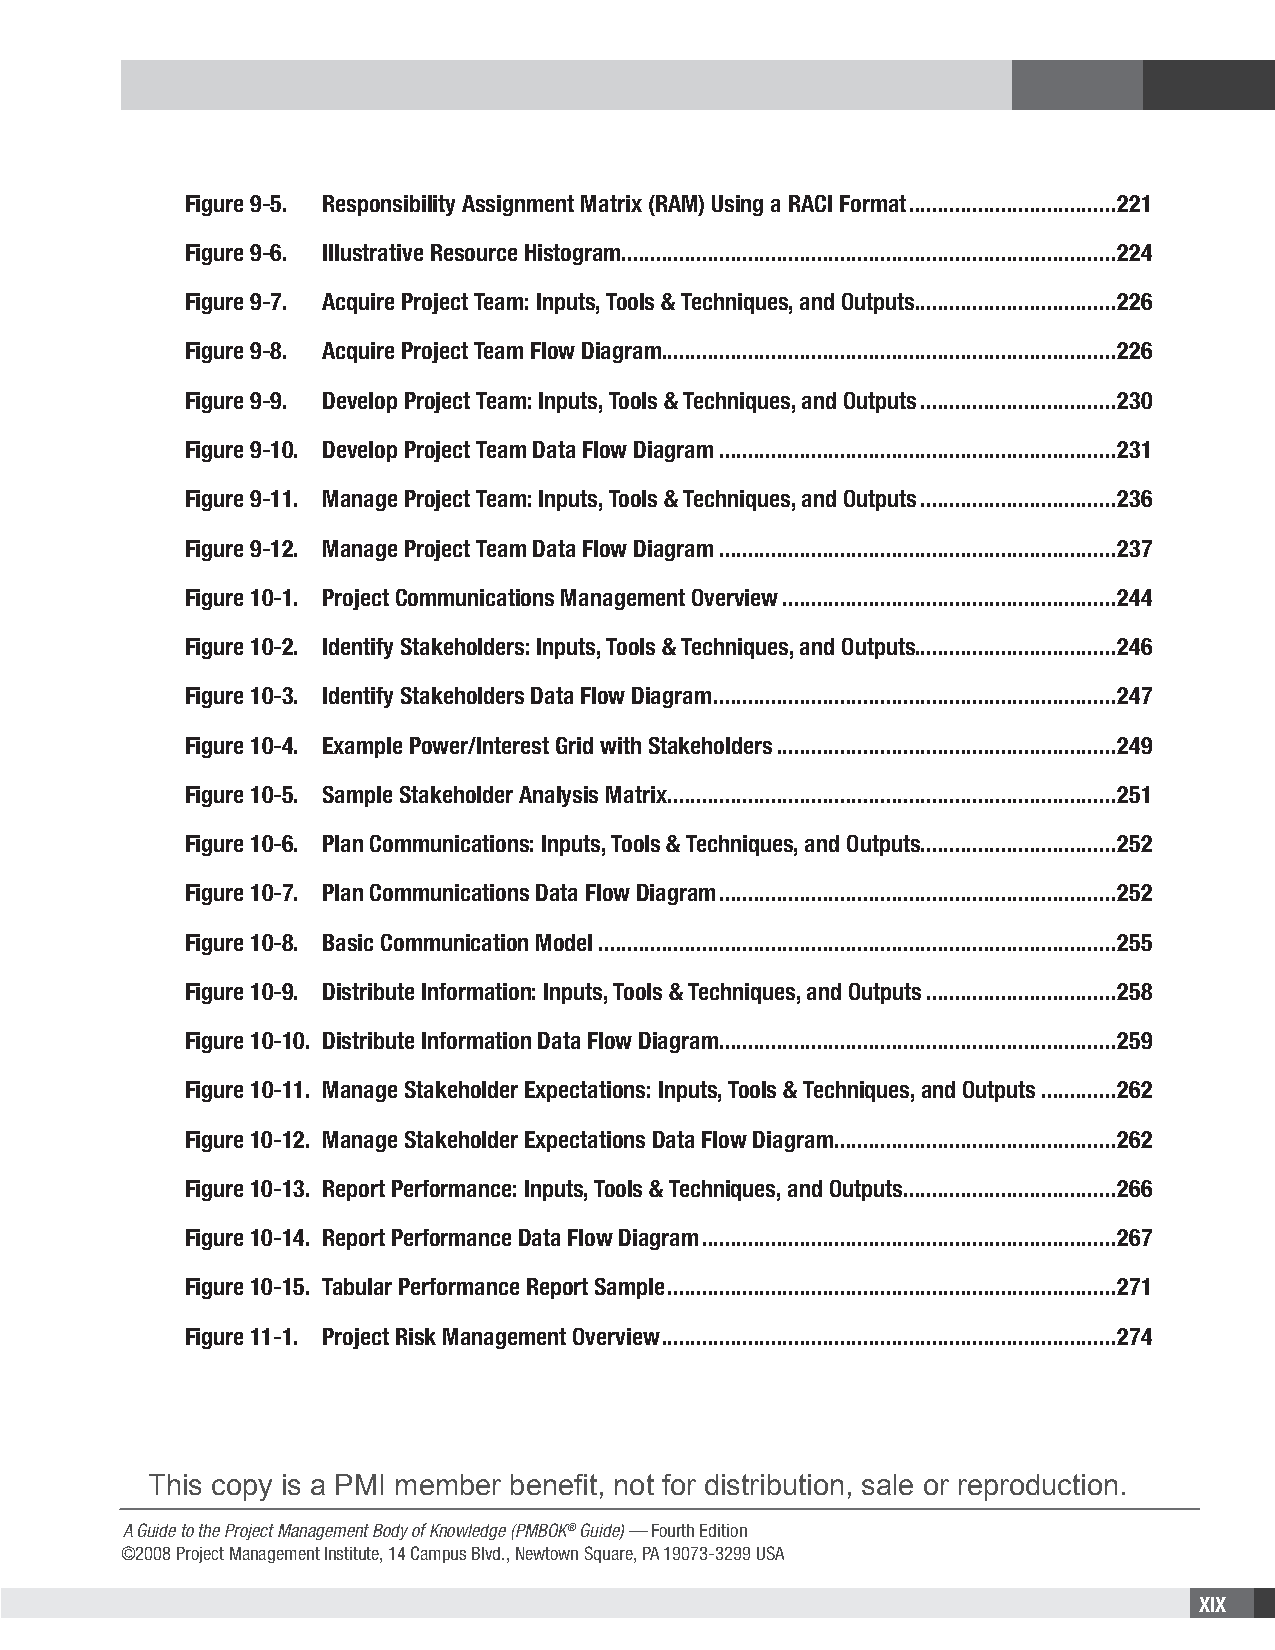
Figure 9-5. Responsibility Assignment Matrix (RAM) Using a RACI Format ....................................221
 Figure 9-6. Illustrative Resource Histogram......................................................................................224
 Figure 9-7. Acquire Project Team: Inputs, Tools & Techniques, and Outputs ...................................226
 Figure 9-8. Acquire Project Team Flow Diagram ...............................................................................226
 Figure 9-9. Develop Project Team: Inputs, Tools & Techniques, and Outputs ..................................230
 Figure 9-10. Develop Project Team Data Flow Diagram .....................................................................231
 Figure 9-11. Manage Project Team: Inputs, Tools & Techniques, and Outputs ..................................236
 Figure 9-12. Manage Project Team Data Flow Diagram .....................................................................237
 Figure 10-1. Project Communications Management Overview ..........................................................244
 Figure 10-2. Identify Stakeholders: Inputs, Tools & Techniques, and Outputs ...................................246
 Figure 10-3. Identify Stakeholders Data Flow Diagram ......................................................................247
 Figure 10-4. Example Power/Interest Grid with Stakeholders ...........................................................249
 Figure 10-5. Sample Stakeholder Analysis Matrix ..............................................................................251
 Figure 10-6. Plan Communications: Inputs, Tools & Techniques, and Outputs ..................................252
 Figure 10-7. Plan Communications Data Flow Diagram .....................................................................252
 Figure 10-8. Basic Communication Model ..........................................................................................255
 Figure 10-9. Distribute Information: Inputs, Tools & Techniques, and Outputs .................................258
 Figure 10-10. Distribute Information Data Flow Diagram .....................................................................259
 Figure 10-11. Manage Stakeholder Expectations: Inputs, Tools & Techniques, and Outputs .............262
 Figure 10-12. Manage Stakeholder Expectations Data Flow Diagram .................................................262
 Figure 10-13. Report Performance: Inputs, Tools & Techniques, and Outputs .....................................266
 Figure 10-14. Report Performance Data Flow Diagram ........................................................................267
 Figure 10-15. Tabular Performance Report Sample ..............................................................................271
 Figure 11-1. Project Risk Management Overview ...............................................................................274
 This copy is a PMI member benefit, not for distribution, sale or reproduction.
 A Guide to the Project Management Body of Knowledge (PMBOK® Guide) — Fourth Edition
 ©2008 Project Management Institute, 14 Campus Blvd., Newtown Square, PA 19073-3299 USA
 XIX